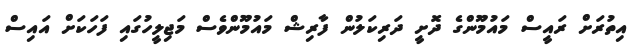
އިތުރަށް ރައީސް މައުމޫންގެ ދޮށީ ދަރިކަލުން ފާރިޝް މައުމޫންވެސް މަޖިލީހުގައި ފަހަކަށް އައިސް